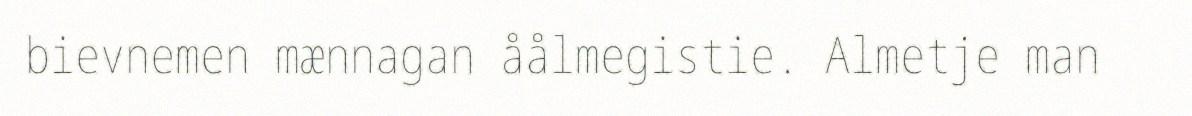
bievnemen mænnagan åålmegistie. Almetje man